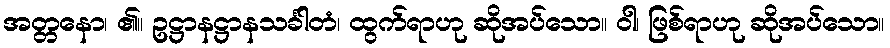
အတ္တနော၊ ၏။ ဥဋ္ဌာနဋ္ဌာနသင်္ခါတံ၊ ထွက်ရာဟု ဆိုအပ်သော။ ဝါ၊ ဖြစ်ရာဟု ဆိုအပ်သော။